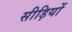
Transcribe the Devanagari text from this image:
सीड़ियों